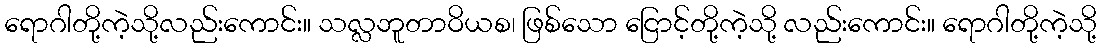
ရောဂါတို့ကဲ့သို့လည်းကောင်း။ သလ္လဘူတာဝိယစ၊ ဖြစ်သော ငြောင့်တို့ကဲ့သို့ လည်းကောင်း။ ရောဂါတို့ကဲ့သို့